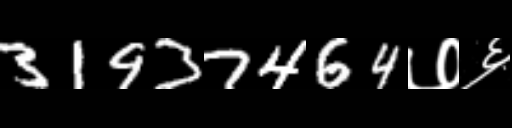
Text: 31937464७६